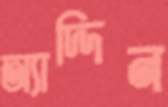
অ্যাদ্দিন